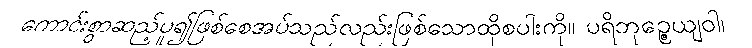
ကောင်းစွာဆည့်ပူ၍ဖြစ်စေအပ်သည်လည်းဖြစ်သောထိုစပါးကို။ ပရိဘုဉ္ဇေယျဝါ၊